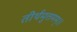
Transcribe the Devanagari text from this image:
तीर्थमुत्तमम्‌॥